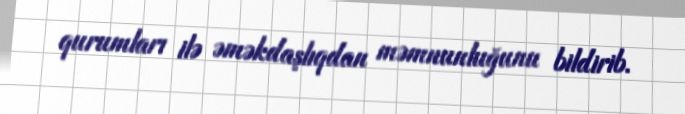
qurumları ilə əməkdaşlıqdan məmnunluğunu bildirib.